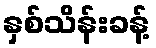
နှစ်သိန်းခန့်